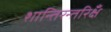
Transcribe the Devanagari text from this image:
शान्तिरन्तरिक्षँ